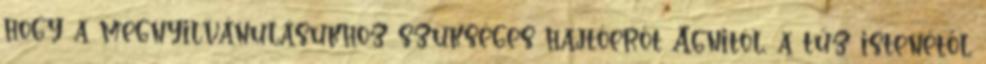
hogy a megnyilvánulásukhoz szükséges hajtóerőt Agnitól, a tűz istenétől